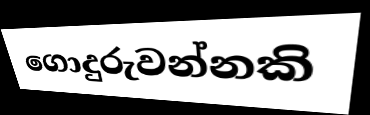
ගොදුරුවන්නකි